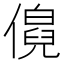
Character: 𬿹